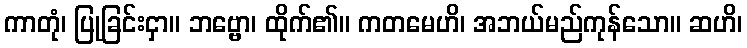
ကာတုံ၊ ပြုခြင်းငှာ။ ဘဗ္ဗော၊ ထိုက်၏။ ကတမေဟိ၊ အဘယ်မည်ကုန်သော။ ဆဟိ၊